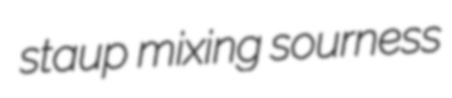
staup mixing sourness